65_HS1-834228961_62-HQ-83894_Section_10
Agency: FBI
Page 69
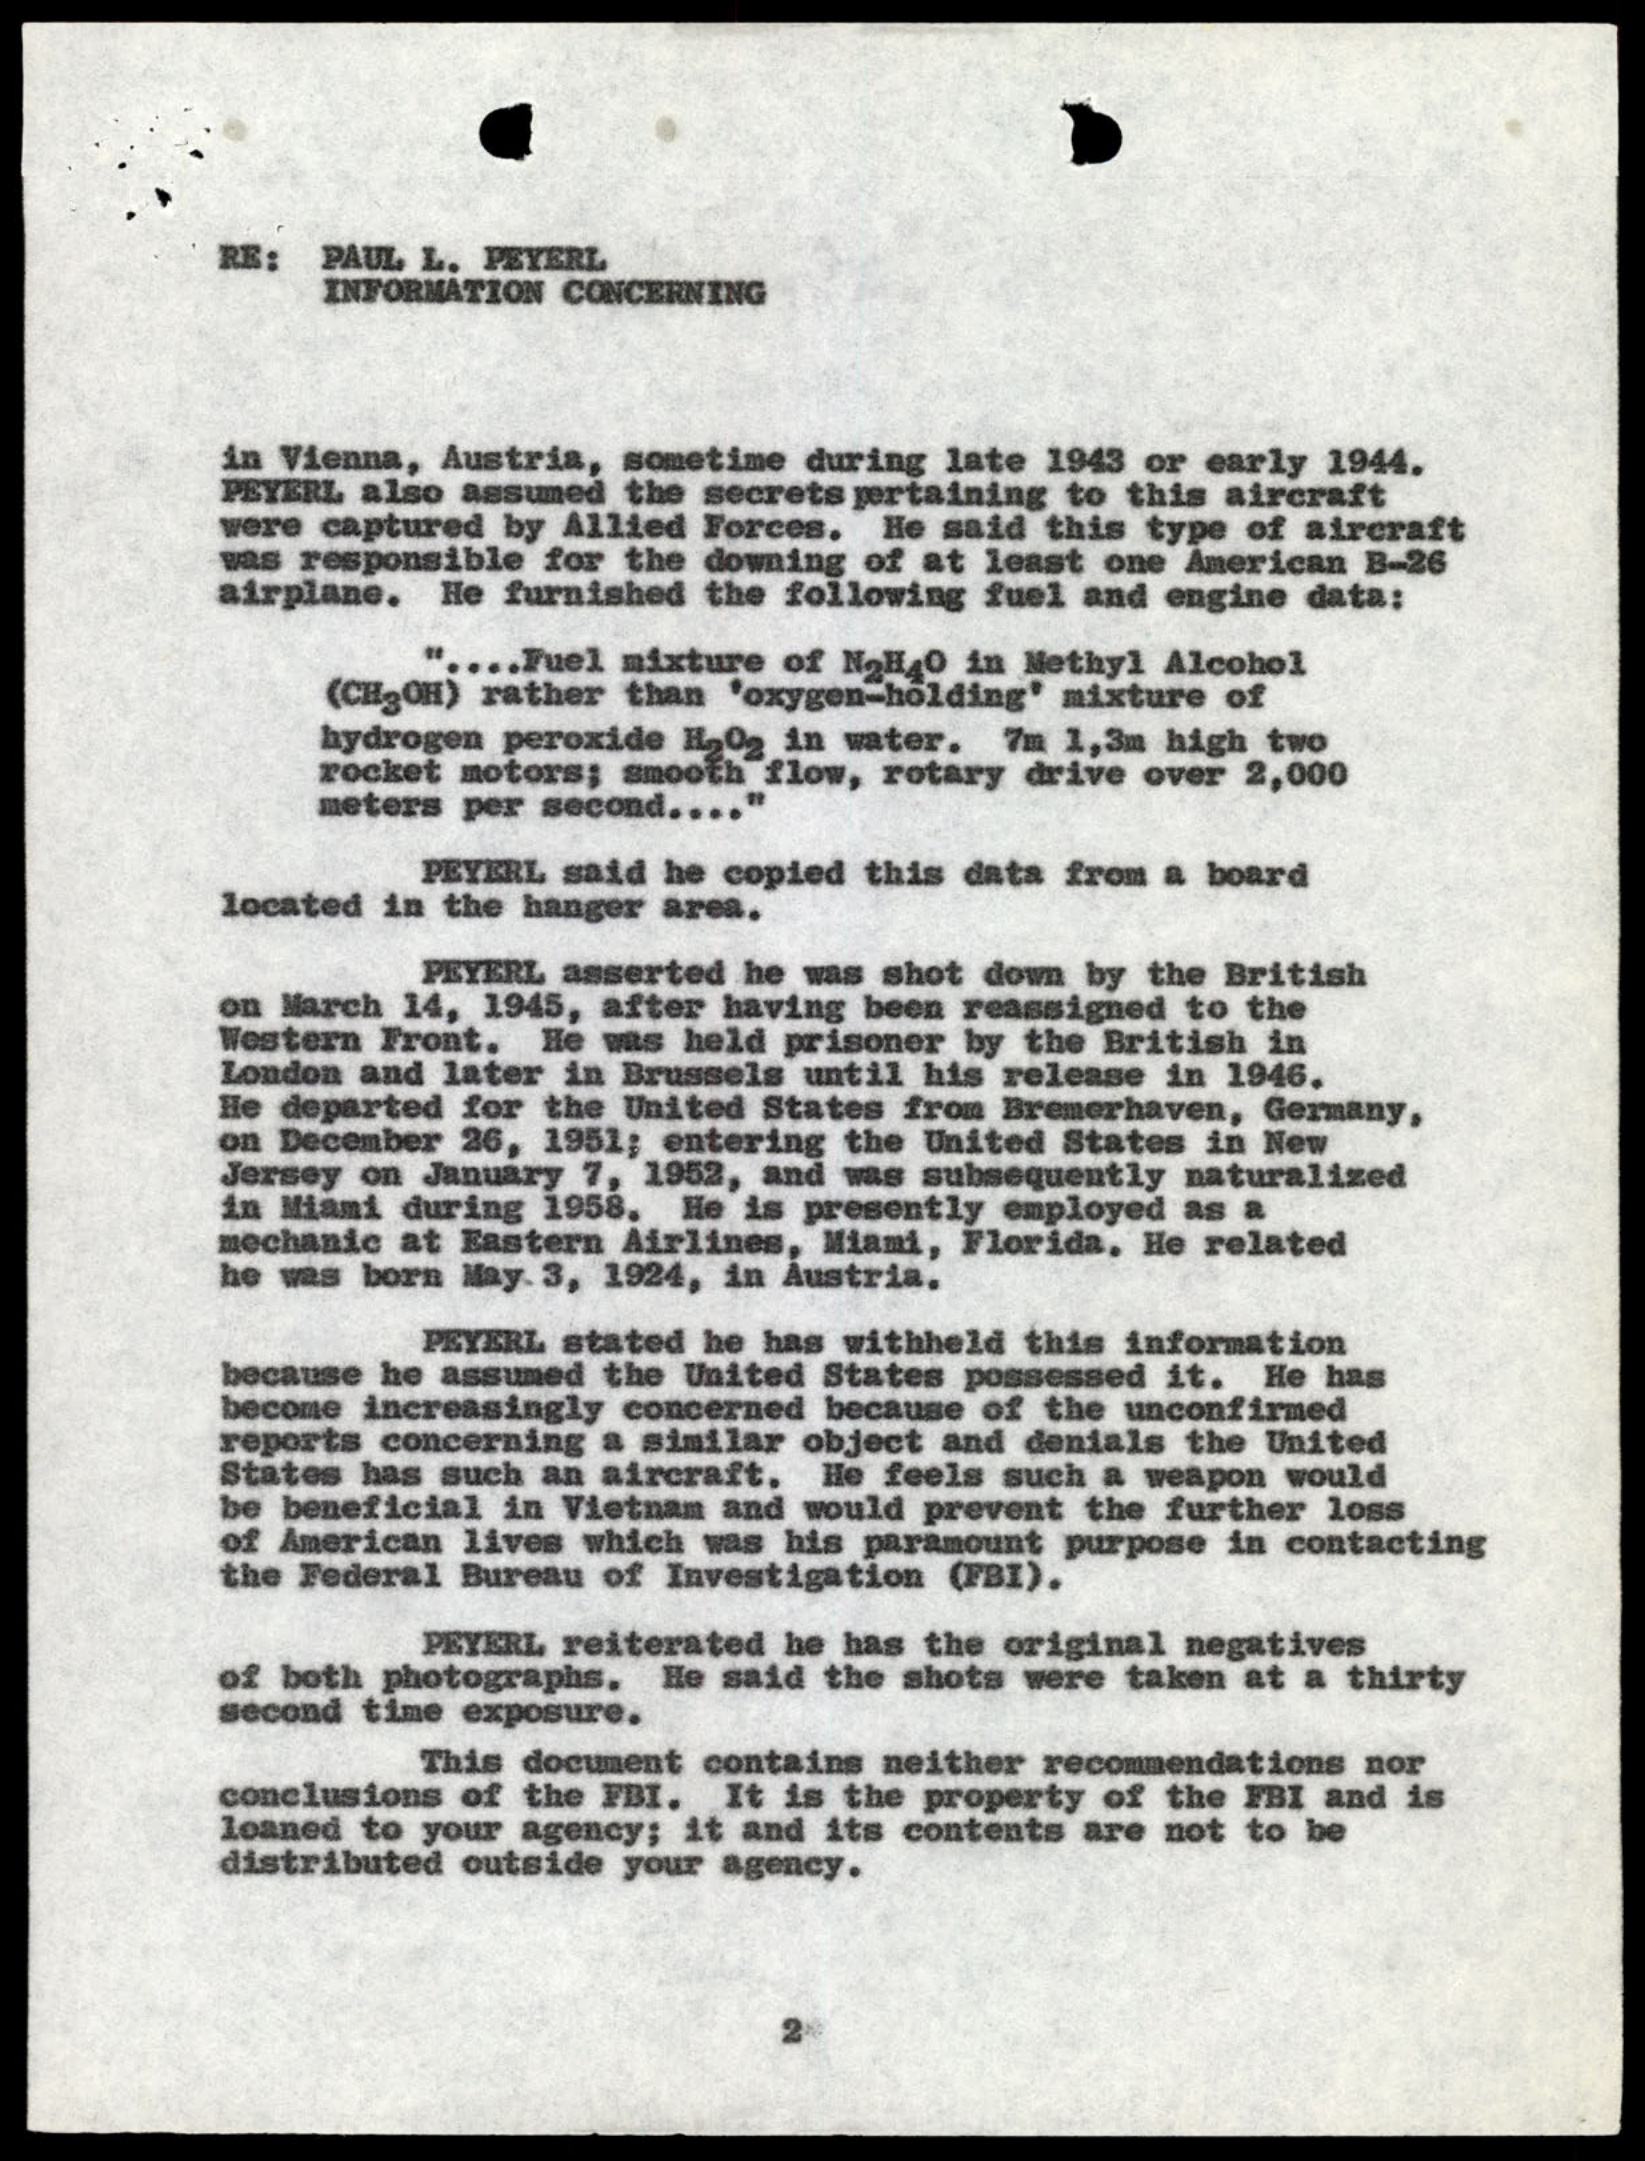